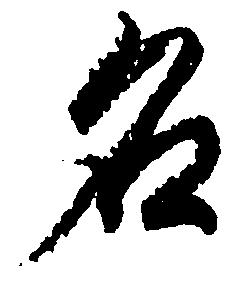
名